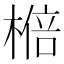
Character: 𱤆